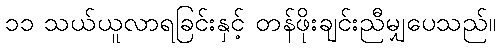
၁၁ သယ်ယူလာရခြင်းနှင့် တန်ဖိုးချင်းညီမျှပေသည်။